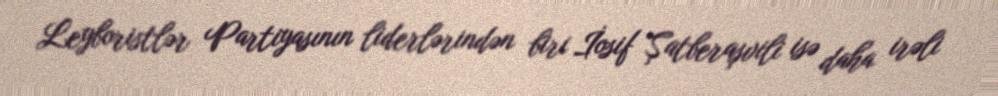
Leyboristlər Partiyasının liderlərindən biri İosif Şatberaşvili isə daha irəli